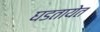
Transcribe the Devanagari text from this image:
घडतायेत